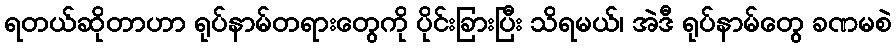
ရတယ်ဆိုတာဟာ ရုပ်နာမ်တရားတွေကို ပိုင်းခြားပြီး သိရမယ်၊ အဲဒီ ရုပ်နာမ်တွေ ခဏမစဲ